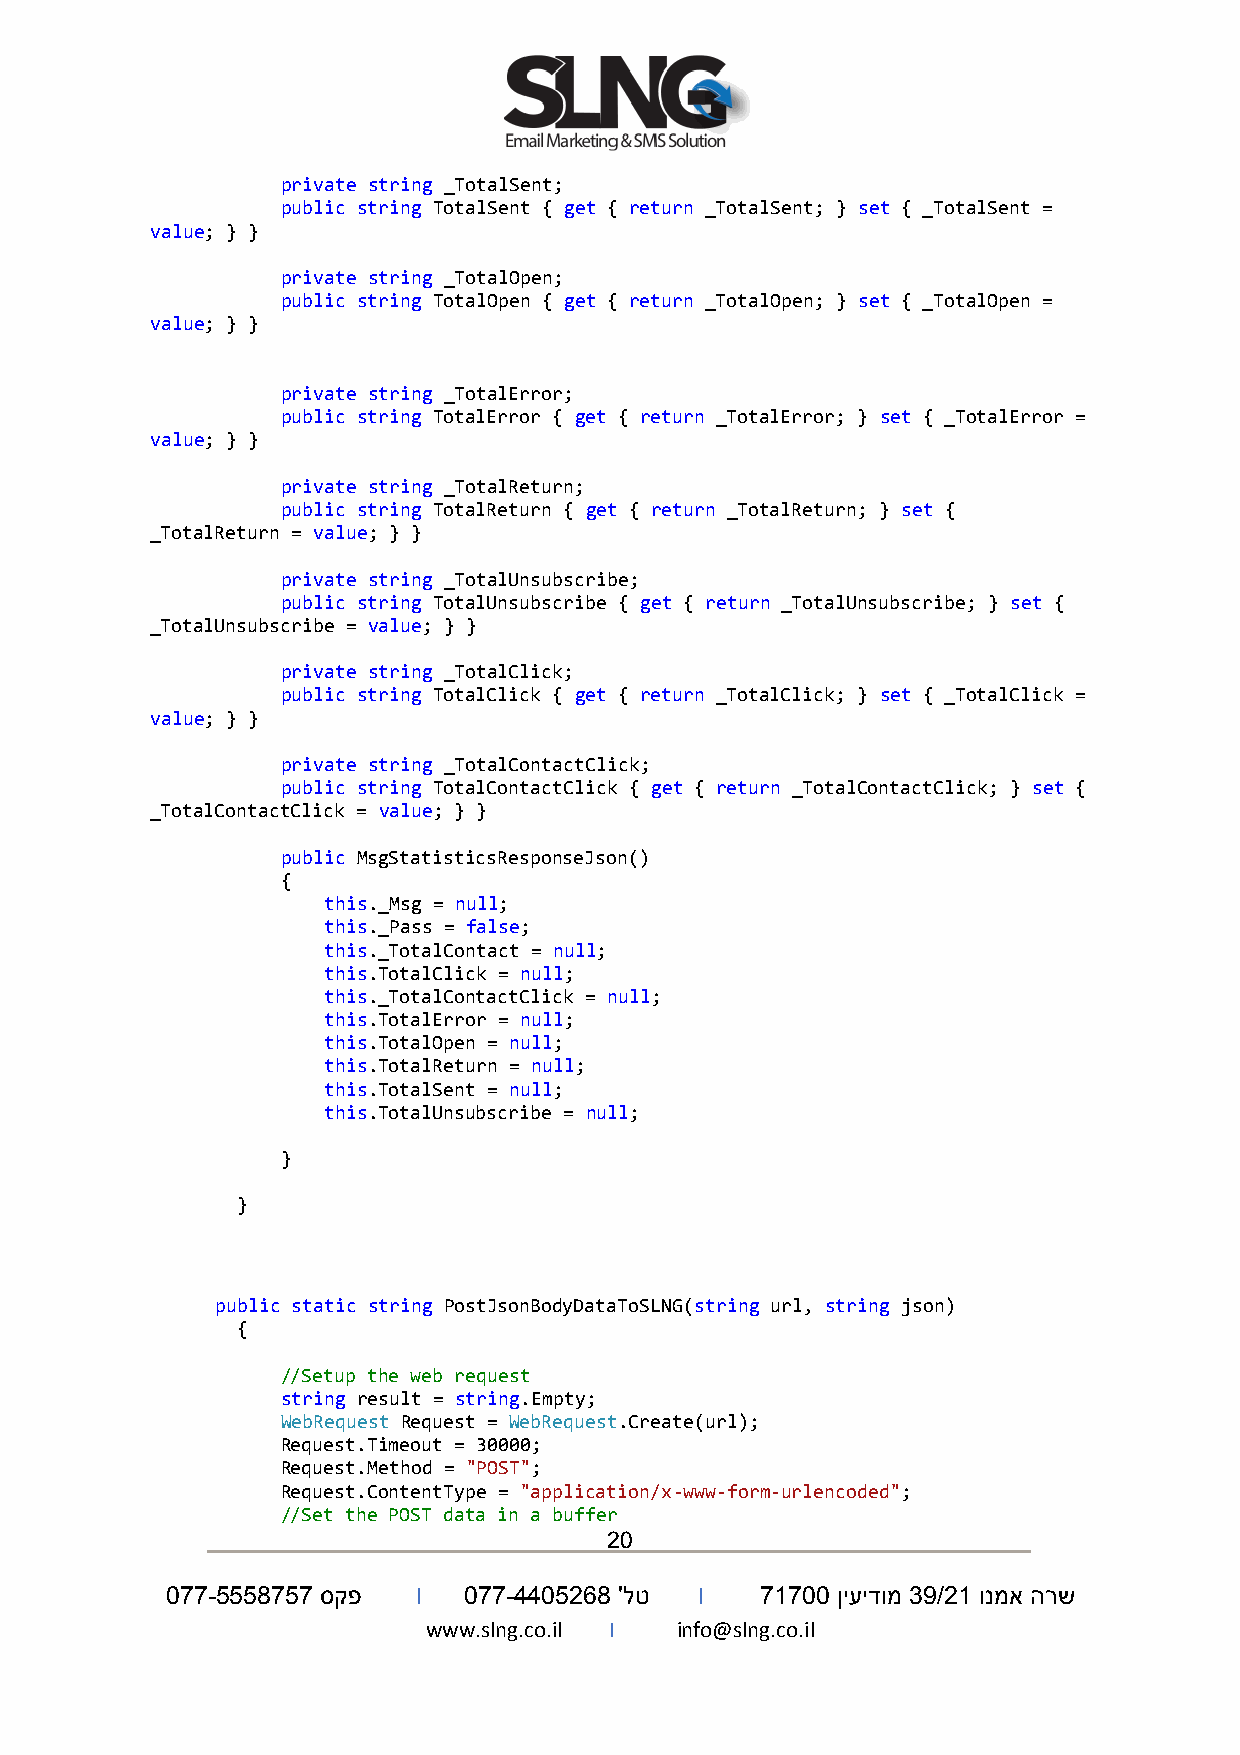
private string _TotalSent;
 public string TotalSent { get { return _TotalSent; } set { _TotalSent =
 value; } }
 private string _TotalOpen;
 public string TotalOpen { get { return _TotalOpen; } set { _TotalOpen =
 value; } }
 private string _TotalError;
 public string TotalError { get { return _TotalError; } set { _TotalError =
 value; } }
 private string _TotalReturn;
 public string TotalReturn { get { return _TotalReturn; } set {
 _TotalReturn = value; } }
 private string _TotalUnsubscribe;
 public string TotalUnsubscribe { get { return _TotalUnsubscribe; } set {
 _TotalUnsubscribe = value; } }
 private string _TotalClick;
 public string TotalClick { get { return _TotalClick; } set { _TotalClick =
 value; } }
 private string _TotalContactClick;
 public string TotalContactClick { get { return _TotalContactClick; } set {
 _TotalContactClick = value; } }
 public MsgStatisticsResponseJson()
 {
 this._Msg = null;
 this._Pass = false;
 this._TotalContact = null;
 this.TotalClick = null;
 this._TotalContactClick = null;
 this.TotalError = null;
 this.TotalOpen = null;
 this.TotalReturn = null;
 this.TotalSent = null;
 this.TotalUnsubscribe = null;
 }
 }
 public static string PostJsonBodyDataToSLNG(string url, string json)
 {
 //Setup the web request
 string result = string.Empty;
 WebRequest Request = WebRequest.Create(url);
 Request.Timeout = 30000;
 Request.Method = "POST";
 Request.ContentType = "application/x-www-form-urlencoded";
 //Set the POST data in a buffer
 20
 077-5558757 סקפ  I  077-4405268 'לט I  71700 ןיעידומ 39/21 ונמא הרש
 www.slng.co.il I info@slng.co.il